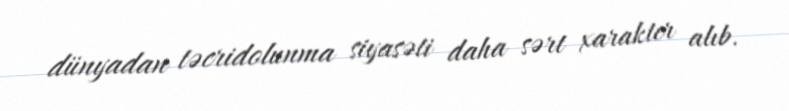
dünyadan təcridolunma siyasəti daha sərt xarakter alıb.